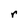
Character: r